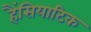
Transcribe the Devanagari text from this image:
हैंसियाटिक